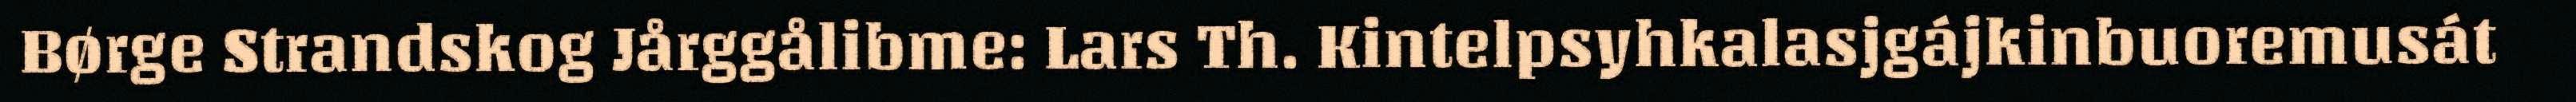
Børge Strandskog Jårggålibme: Lars Th. Kintelpsyhkalasjgájkinbuoremusát